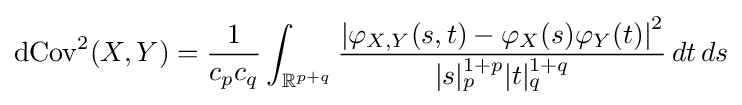
\operatorname {dCov} ^{2}(X,Y)={\frac {1}{c_{p}c_{q}}}\int _{\mathbb {R} ^{p+q}}{\frac {\left|\varphi _{X,Y}(s,t)-\varphi _{X}(s)\varphi _{Y}(t)\right|^{2}}{|s|_{p}^{1+p}|t|_{q}^{1+q}}}\,dt\,ds